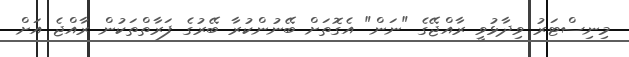
މިނިސްޓަރު ވިދާޅުވީ ރާއްޖޭގެ "ނަން" އެގޮތަށް ބޭނުންކުރާ ބޭރުގެ ފަރާތްތަކުން ރާއްޖެ އަށް